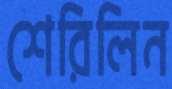
শেরিলিন